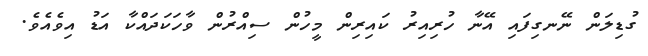
ގުޑިލަން ނޭނގިފައި އޭނާ ހުރިއިރު ކައިރިން މީހުން ސިއްރުން ވާހަކަދައްކާ އަޑު އިވެއެވެ.